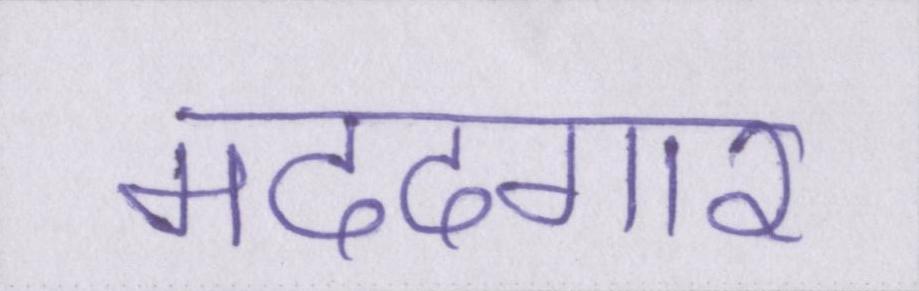
मददगार